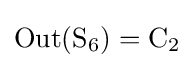
\operatorname {Out} (\mathrm {S} _{6})=\mathrm {C} _{2}